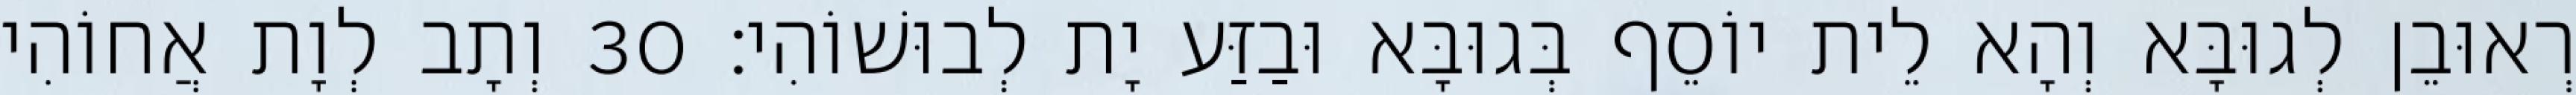
רְאוּבֵן לְגוּבָּא וְהָא לֵית יוֹסֵף בְּגוּבָּא וּבַזַּע יָת לְבוּשׁוֹהִי׃ 30 וְתָב לְוָת אֲחוֹהִי